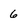
Character: 6